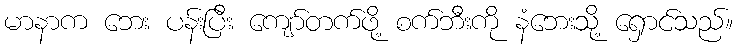
မာနာက ဘေး ပန်းပြီး ကျော်တက်ဖို့ စက်ဘီးကို နံဘေးသို့ ရှောင်သည်။